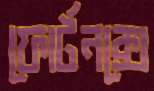
ফোর্টনক্সে